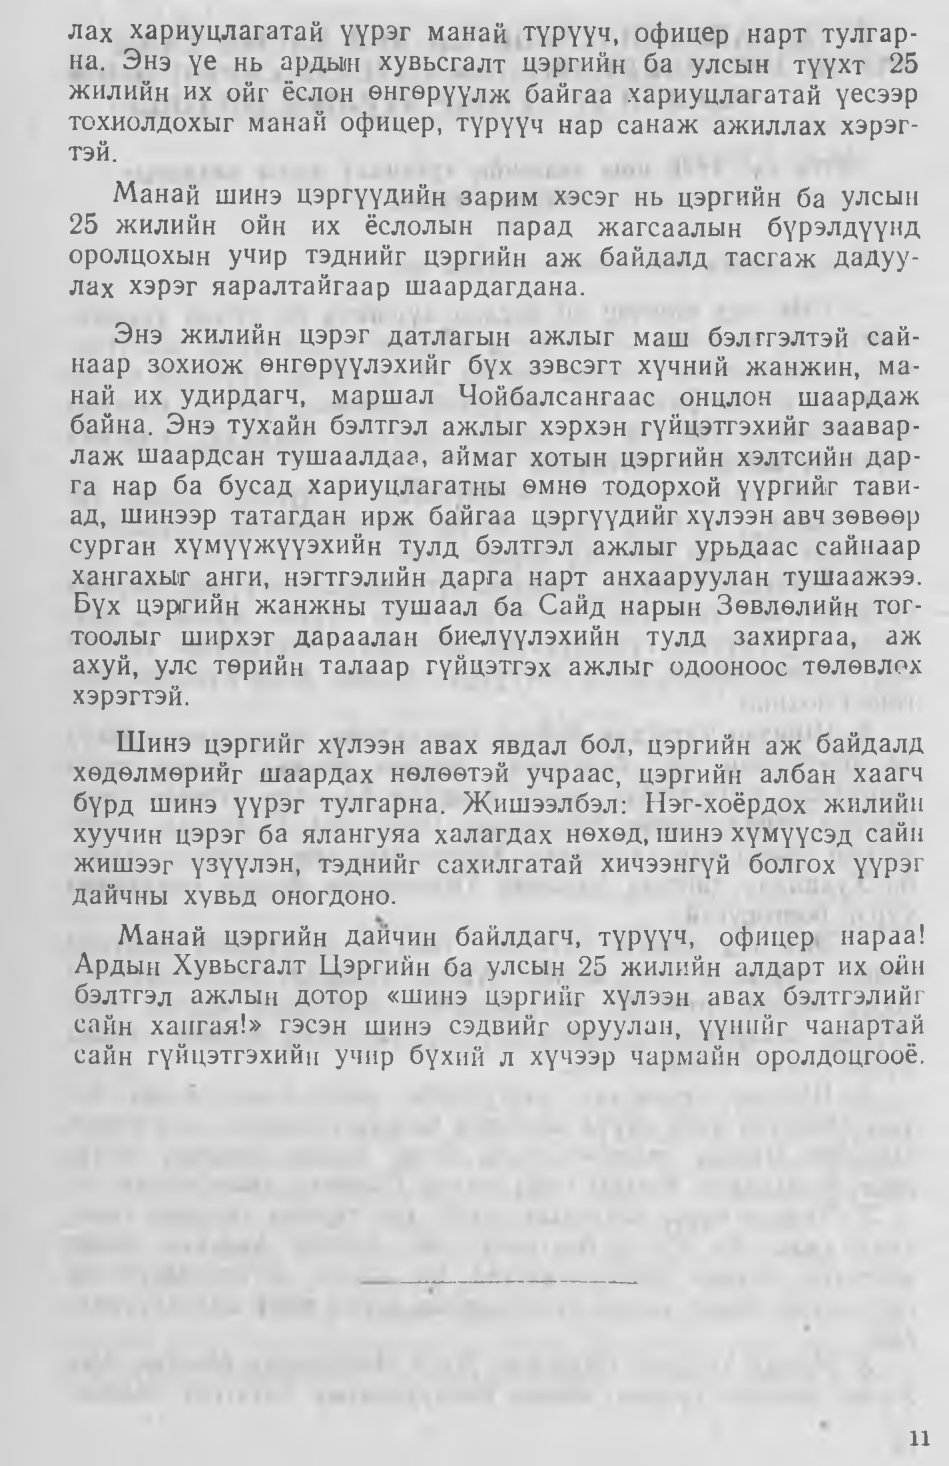
Language: mn